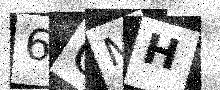
Text: 6QMH